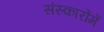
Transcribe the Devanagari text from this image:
संस्कारोंमें